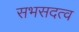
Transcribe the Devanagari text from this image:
सभसदत्व